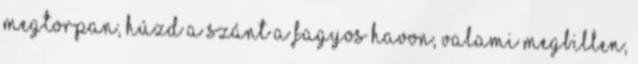
megtorpan, Húzd a szánt a fagyos havon, Valami megbillen,